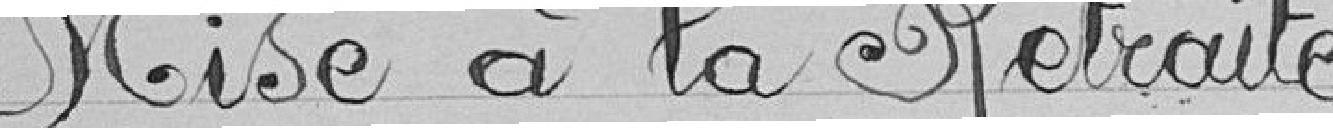
Mise à la retraite